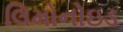
લિમોનોઇડ